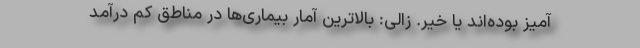
آمیز بوده‌اند یا خیر. زالی: بالاترین آمار بیماری‌ها در مناطق کم درآمد